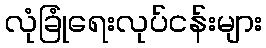
လုံခြုံရေးလုပ်ငန်းများ